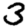
Digit: 3